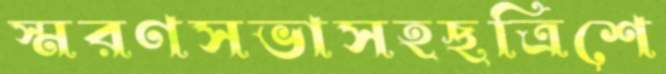
স্মরণসভাসহছত্রিশে